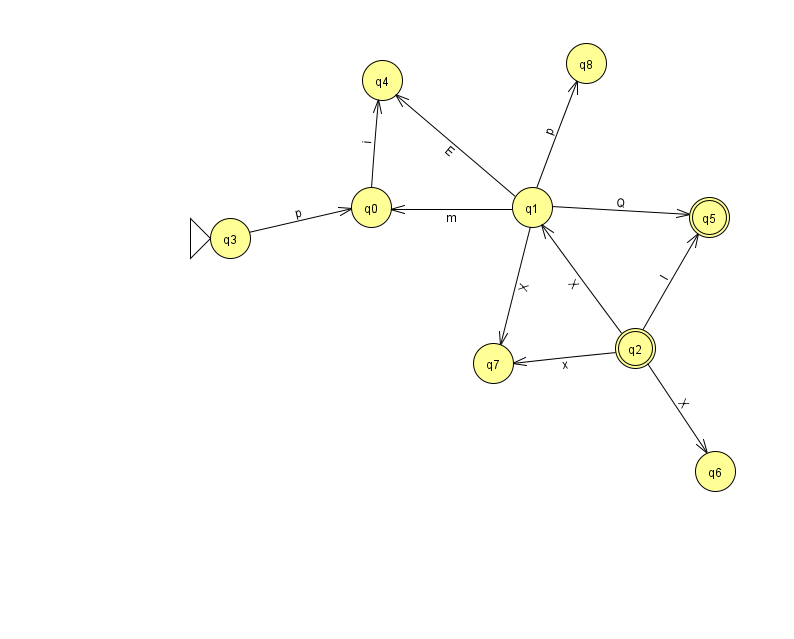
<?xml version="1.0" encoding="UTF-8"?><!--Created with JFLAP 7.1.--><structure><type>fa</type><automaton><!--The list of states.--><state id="0" name="q0"><x>371.0</x><y>194.0</y></state><state id="1" name="q1"><x>532.0</x><y>194.0</y></state><state id="2" name="q2"><x>635.0</x><y>335.0</y><final/></state><state id="3" name="q3"><x>230.0</x><y>225.0</y><initial/></state><state id="4" name="q4"><x>382.0</x><y>67.0</y></state><state id="5" name="q5"><x>709.0</x><y>204.0</y><final/></state><state id="6" name="q6"><x>715.0</x><y>458.0</y></state><state id="7" name="q7"><x>493.0</x><y>350.0</y></state><state id="8" name="q8"><x>586.0</x><y>50.0</y></state><!--The list of transitions.--><transition><from>2</from><to>7</to><read>x</read></transition><transition><from>2</from><to>5</to><read>l</read></transition><transition><from>1</from><to>7</to><read>X</read></transition><transition><from>1</from><to>0</to><read>m</read></transition><transition><from>2</from><to>6</to><read>X</read></transition><transition><from>3</from><to>0</to><read>p</read></transition><transition><from>1</from><to>4</to><read>E</read></transition><transition><from>0</from><to>4</to><read>i</read></transition><transition><from>2</from><to>1</to><read>X</read></transition><transition><from>1</from><to>8</to><read>p</read></transition><transition><from>1</from><to>5</to><read>Q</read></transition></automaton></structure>